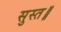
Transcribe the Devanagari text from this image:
सुस्त॥